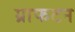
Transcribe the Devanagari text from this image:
ग्राफटन